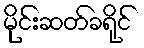
မိုင်းဆတ်ခရိုင်